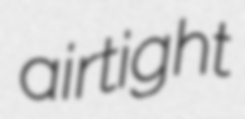
airtight